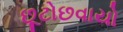
છૂટોછવાયો